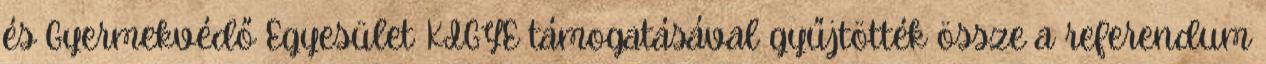
és Gyermekvédő Egyesület KIGYE támogatásával gyűjtötték össze a referendum